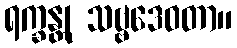
ရက္ခန္တု သဗ္ဗဒေဝတာ။